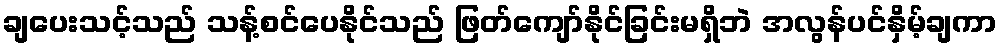
ချပေးသင့်သည် သန့်စင်ပေနိုင်သည် ဖြတ်ကျော်နိုင်ခြင်းမရှိဘဲ အလွန်ပင်နှိမ့်ချကာ